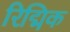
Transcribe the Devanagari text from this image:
रिद्मिक